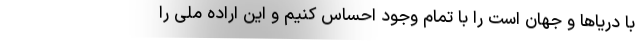
با دریاها و جهان است را با تمام وجود احساس کنیم و این اراده ملی را